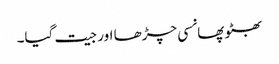
بھٹو پھانسی چڑھا اور جیت گیا۔